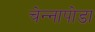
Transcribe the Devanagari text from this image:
चेन्‍नापोडा